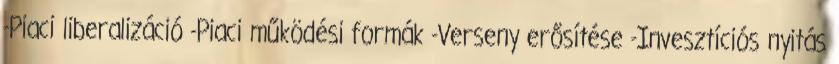
-Piaci liberalizáció -Piaci működési formák -Verseny erősítése -Invesztíciós nyitás